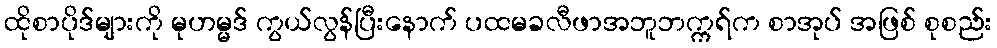
ထိုစာပိုဒ်များကို မုဟမ္မဒ် ကွယ်လွန်ပြီးနောက် ပထမခလီဖာအဘူဘက္ကရ်က စာအုပ် အဖြစ် စုစည်း